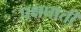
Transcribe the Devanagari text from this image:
पक्षघाती